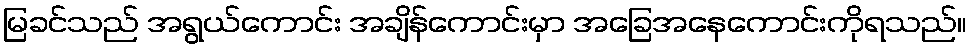
မြခင်သည် အရွယ်ကောင်း အချိန်ကောင်းမှာ အခြေအနေကောင်းကိုရသည်။